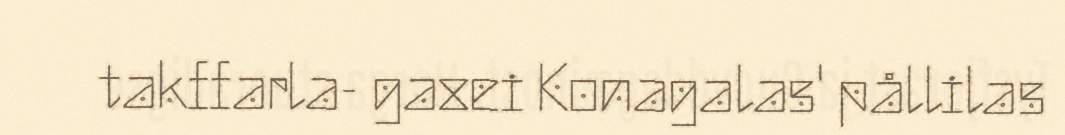
takffarla- gaxei Konagalas' pållilas